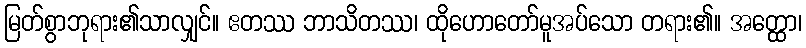
မြတ်စွာဘုရား၏သာလျှင်။ ဧတဿ ဘာသိတဿ၊ ထိုဟောတော်မူအပ်သော တရား၏။ အတ္ထော၊